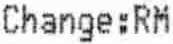
CHANGE:RM